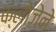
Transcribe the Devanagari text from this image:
क्लोजेने